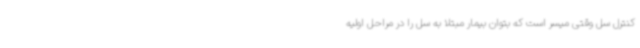
کنترل سل وقتی میسر است که بتوان بیمار مبتلا به سل را در مراحل اولیه